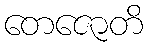
တေဇောတိ